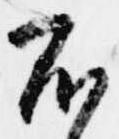
不